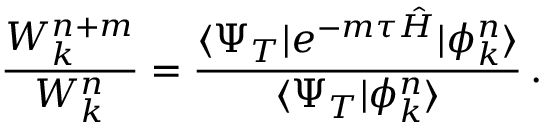
\frac { W _ { k } ^ { n + m } } { W _ { k } ^ { n } } = \frac { \langle \Psi _ { T } | e ^ { - m \tau \hat { H } } | \phi _ { k } ^ { n } \rangle } { \langle \Psi _ { T } | \phi _ { k } ^ { n } \rangle } \, .